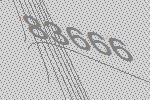
83666